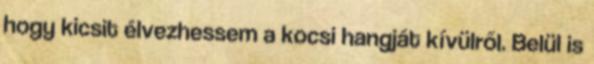
hogy kicsit élvezhessem a kocsi hangját kívülről. Belül is